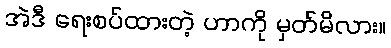
အဲဒီ ရေးစပ်ထားတဲ့ ဟာကို မှတ်မိလား။